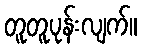
တူတူပုန်းလျက်။